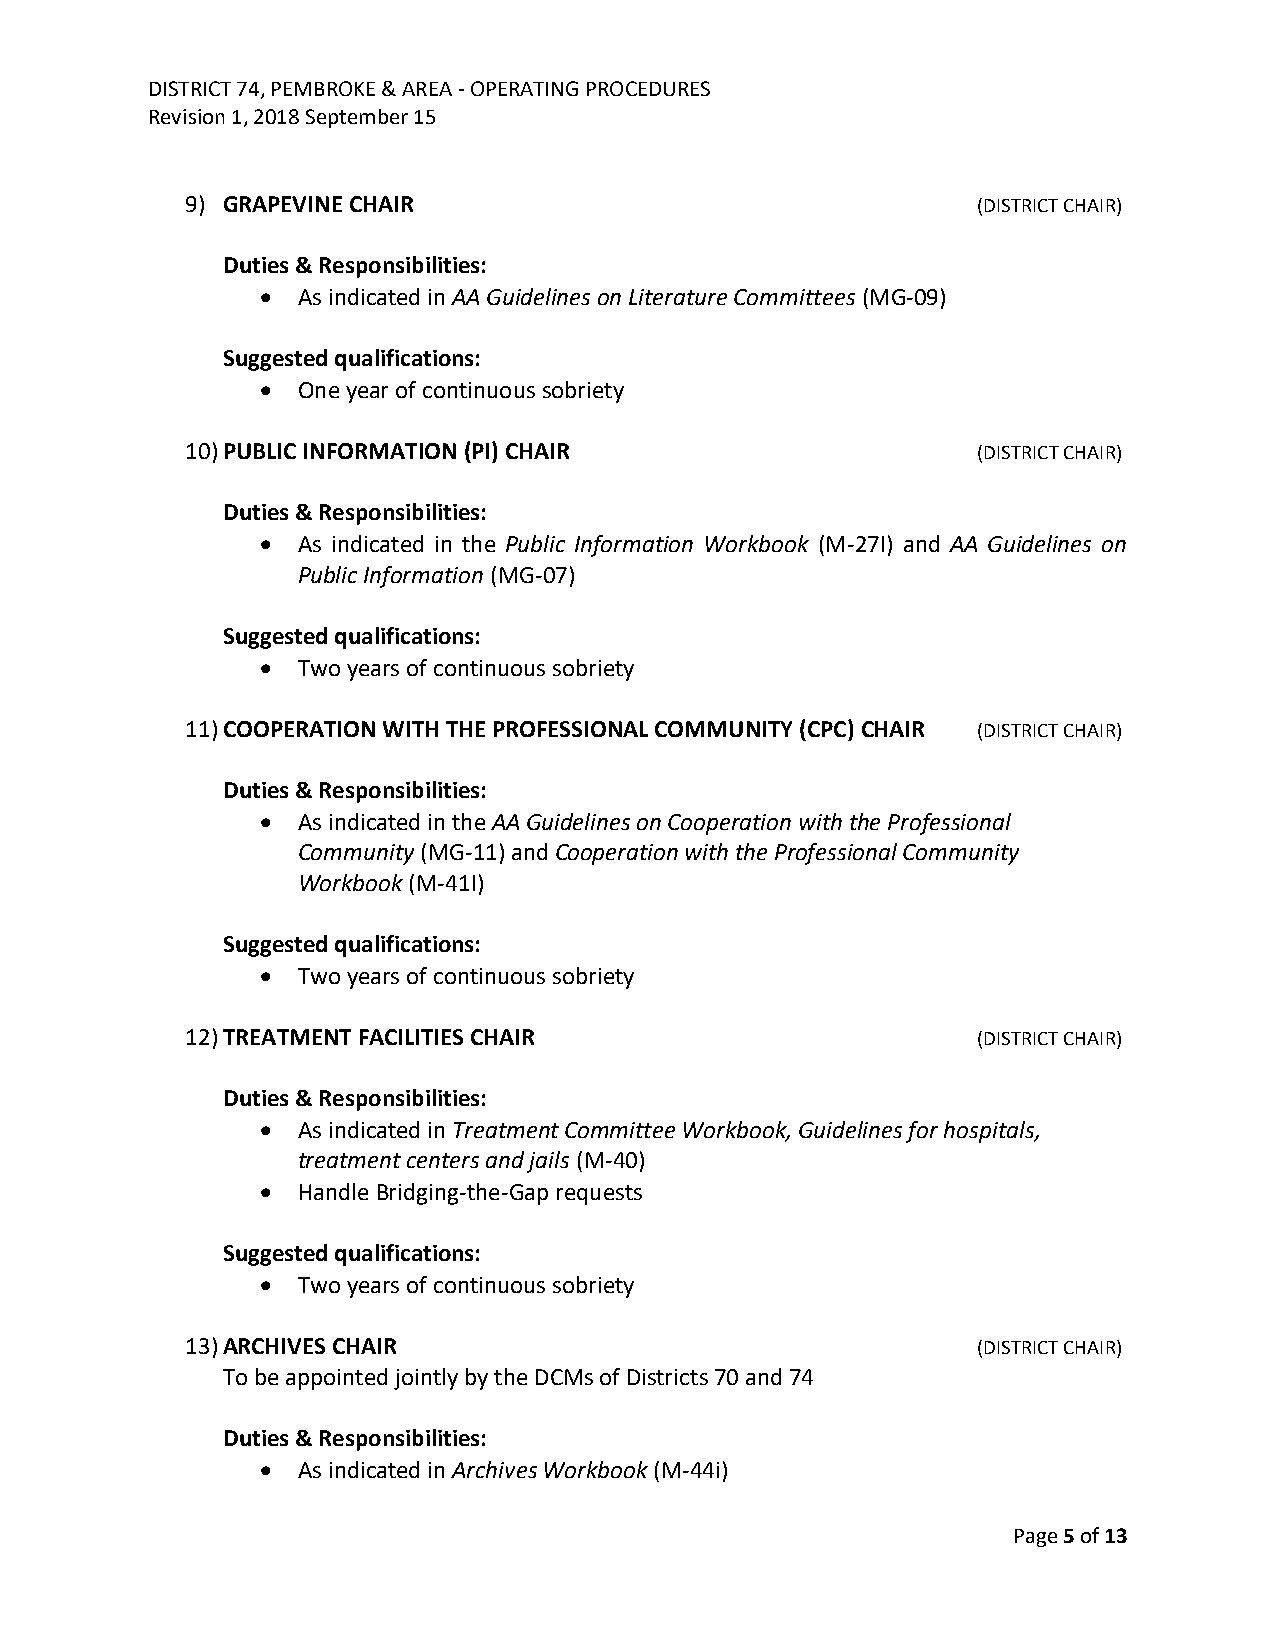
DISTRICT 74, PEMBROKE & AREA - OPERATING PROCEDURES
 Revision 1, 2018 September 15
 9) GRAPEVINE CHAIR                                   (DISTRICT CHAIR)
 Duties & Responsibilities:
 •  As indicated in AA Guidelines on Literature Committees (MG-09)
 Suggested qualifications:
 •  One year of continuous sobriety
 10) PUBLIC INFORMATION (PI) CHAIR                    (DISTRICT CHAIR)
 Duties & Responsibilities:
 •  As indicated in the Public Information Workbook (M-27I) and AA Guidelines on
 Public Information (MG-07)
 Suggested qualifications:
 •  Two years of continuous sobriety
 11) COOPERATION WITH THE PROFESSIONAL COMMUNITY (CPC) CHAIR (DISTRICT CHAIR)
 Duties & Responsibilities:
 •  As indicated in the AA Guidelines on Cooperation with the Professional
 Community (MG-11) and Cooperation with the Professional Community
 Workbook (M-41I)
 Suggested qualifications:
 •  Two years of continuous sobriety
 12) TREATMENT FACILITIES CHAIR                       (DISTRICT CHAIR)
 Duties & Responsibilities:
 •  As indicated in Treatment Committee Workbook, Guidelines for hospitals,
 treatment centers and jails (M-40)
 •  Handle Bridging-the-Gap requests
 Suggested qualifications:
 •  Two years of continuous sobriety
 13) ARCHIVES CHAIR                                   (DISTRICT CHAIR)
 To be appointed jointly by the DCMs of Districts 70 and 74
 Duties & Responsibilities:
 •  As indicated in Archives Workbook (M-44i)
 Page 5 of 13